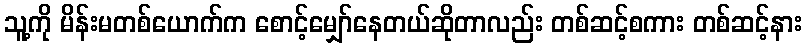
သူ့ကို မိန်းမတစ်ယောက်က စောင့်မျှော်နေတယ်ဆိုတာလည်း တစ်ဆင့်စကား တစ်ဆင့်နား